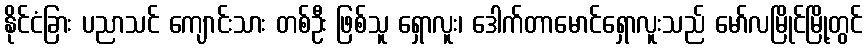
နိုင်ငံခြား ပညာသင် ကျောင်းသား တစ်ဦး ဖြစ်သူ ရှောလူး၊ ဒေါက်တာမောင်ရှောလူးသည် မော်လမြိုင်မြို့တွင်